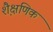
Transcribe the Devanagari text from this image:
शै़क्षणिक